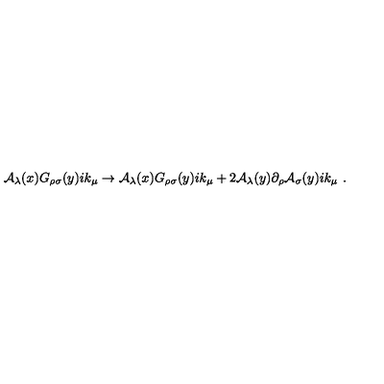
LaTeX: { \cal A } _ { \lambda } ( x ) G _ { \rho \sigma } ( y ) i k _ { \mu } \rightarrow { \cal A } _ { \lambda } ( x ) G _ { \rho \sigma } ( y ) i k _ { \mu } + 2 { \cal A } _ { \lambda } ( y ) \partial _ { \rho } { \cal A } _ { \sigma } ( y ) i k _ { \mu } \ .